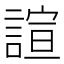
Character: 諠